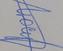
Signature authenticity: genuine